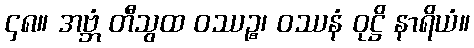
၄၈။ အဗ္ဘံ တီသွထ ဝဿဉ္စ၊ ဝဿနံ ဝုဋ္ဌိ နာရိယံ။